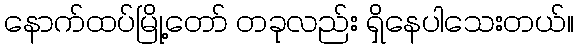
နောက်ထပ်မြို့တော် တခုလည်း ရှိနေပါသေးတယ်။